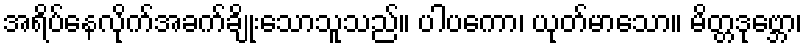
အရိပ်နေလိုက်အခက်ချိုးသောသူသည်။ ပါပကော၊ ယုတ်မာသော။ မိတ္တဒုဗ္ဘော၊